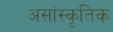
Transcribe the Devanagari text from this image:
असांस्कृतिक